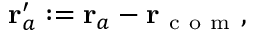
\mathbf { r } _ { a } ^ { \prime } : = \mathbf { r } _ { a } - \mathbf { r } _ { \mathrm { ~ c ~ o ~ m ~ } } ,